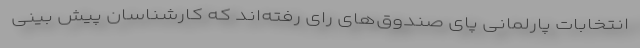
انتخابات پارلمانی پای صندوق‌های رای رفته‌اند که کارشناسان پیش بینی